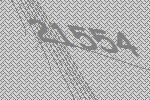
21554